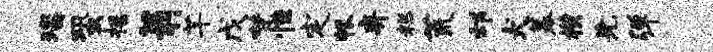
瑙蛩摇翁芊戊梵恒定帐弃糕荒邙犬幕横先弹